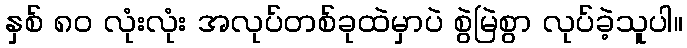
နှစ် ၈၀ လုံးလုံး အလုပ်တစ်ခုထဲမှာပဲ စွဲမြဲစွာ လုပ်ခဲ့သူပါ။